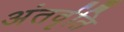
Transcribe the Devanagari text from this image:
अंतर्वृति